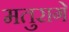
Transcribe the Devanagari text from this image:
मतुरागे